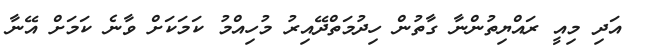
އަދި މިއީ ރައްޔިތުންނާ ގާތުން ހިދުމަތްދޭއިރު މުހިއްމު ކަމަކަށް ވާނެ ކަމަށް އޭނާ